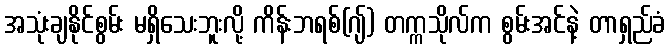
အသုံးချနိုင်စွမ်း မရှိသေးဘူးလို့ ကိန်းဘရစ်(ဂျ်) တက္ကသိုလ်က စွမ်းအင်နဲ့ တာရှည်ခံ